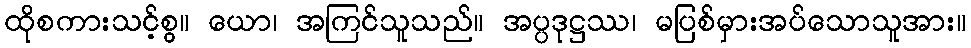
ထိုစကားသင့်စွ။ ယော၊ အကြင်သူသည်။ အပ္ပဒုဋ္ဌဿ၊ မပြစ်မှားအပ်သောသူအား။